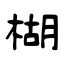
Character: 楜